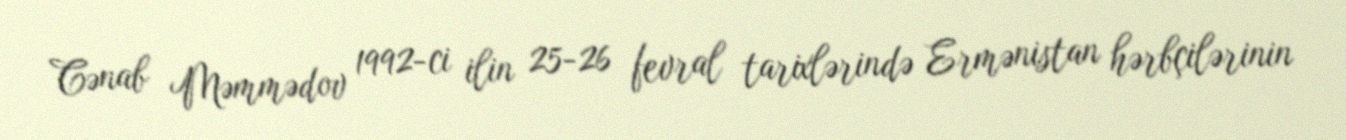
Cənab Məmmədov 1992-ci ilin 25-26 fevral tarixlərində Ermənistan hərbçilərinin